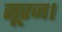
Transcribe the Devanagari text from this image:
सूरज।